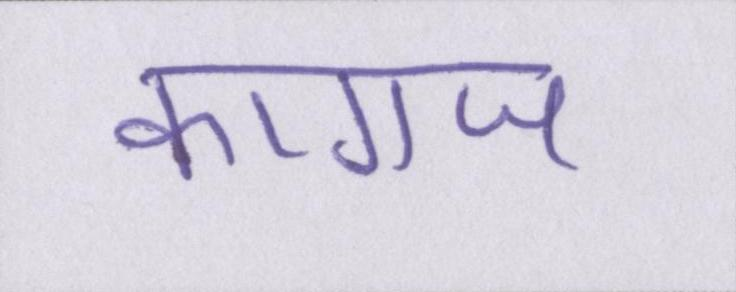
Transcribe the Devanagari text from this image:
कागज